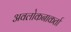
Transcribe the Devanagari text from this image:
अवलोकनाकर्ता